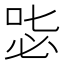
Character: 𠳢